Annual administration report of the Civil Veterinary Department, Ajmere-Merwara, British Rajputana - 1914-1940
Year: 1914
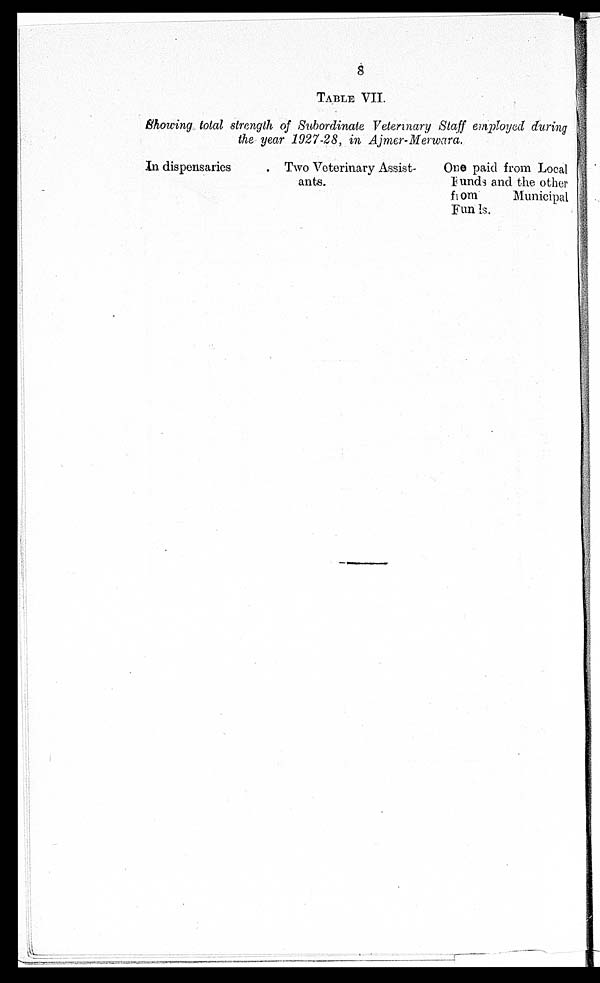
8
TABLE VII.
Showing total strength of Subordinate Veterinary Staff employed during
the year 1927-28, in Ajmer-Merwara.
In dispensaries
Two Veterinary Assist-
ants.
One paid from Local
Funds and the other
from
Municipal
Fands.